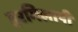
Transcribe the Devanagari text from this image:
हरमिलापी